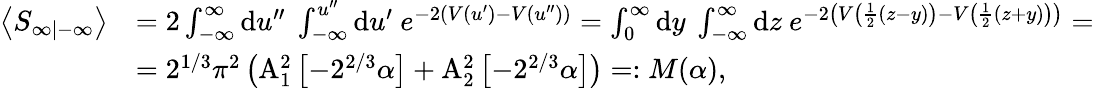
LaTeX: \begin{array}{rl}{\left\langle S_{\infty|-\infty}\right\rangle}&{=2\int_{-\infty}^{\infty}\mathrm{d}u^{\prime\prime}\ \int_{-\infty}^{u^{\prime\prime}}\mathrm{d}u^{\prime}\ e^{-2(V(u^{\prime})-V(u^{\prime\prime}))}=\int_{0}^{\infty}\mathrm{d}y\ \int_{-\infty}^{\infty}\mathrm{d}z\ e^{-2\left(V\left(\frac{1}{2}\left(z-y\right)\right)-V\left(\frac{1}{2}\left(z+y\right)\right)\right)}=}\\ &{=2^{1/3}\pi^{2}\left(\mathrm{A}_{1}^{2}\left[-2^{2/3}\alpha\right]+\mathrm{A}_{2}^{2}\left[-2^{2/3}\alpha\right]\right)=:M(\alpha),}\end{array}